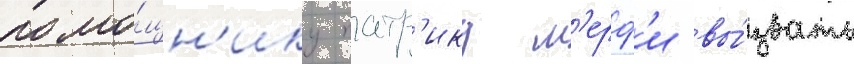
помо́щн'ику патр'ику м'ерф'и вы́звать